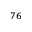
^ { 7 6 }